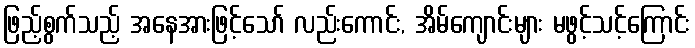
ဖြည့်စွက်သည့် အနေအားဖြင့်သော် လည်းကောင်း, အိမ်ကျောင်းများ မဖွင့်သင့်ကြောင်း